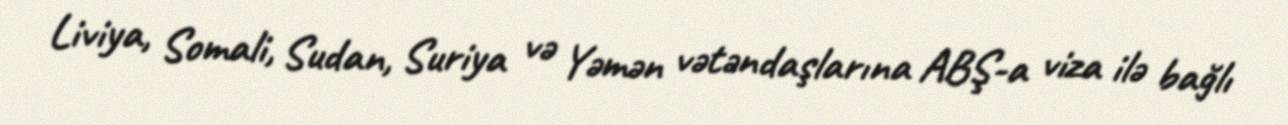
Liviya, Somali, Sudan, Suriya və Yəmən vətəndaşlarına ABŞ-a viza ilə bağlı